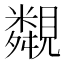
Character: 䚏